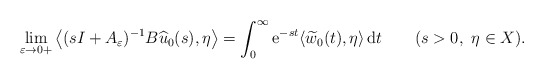
\begin{align*}\displaystyle\lim_{\varepsilon \to 0+}\left\langle (sI+A_\varepsilon)^{-1} B\widehat u_0(s),\eta\right\rangle= \int_0^\infty {\rm e}^{-s t}\langle \widetilde w_0(t),\eta\rangle \, {\rm d}t\qquad(s>0,\ \eta\in X).\end{align*}